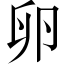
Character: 卵